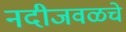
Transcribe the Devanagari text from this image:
नदीजवळचे